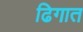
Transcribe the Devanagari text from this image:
ढिगात